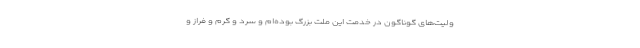
ولیت‌های گوناگون در خدمت این ملت بزرگ بوده‌ام و سرد و گرم و فراز و